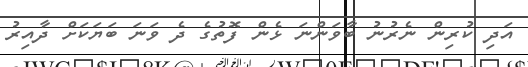
އަދި ކުރިން ނެރުނު ބާވަންނަ ޅެން ފޮތުގެ ދެ ވަނަ ބަޔަކަށް ދާއިރު